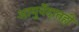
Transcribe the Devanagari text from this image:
आयुर्वेदातही